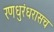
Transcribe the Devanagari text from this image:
रणधुरंधरासच